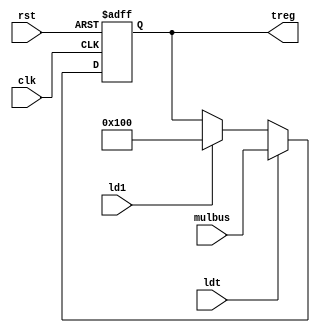
`timescale 1ns/1ns
module treg(input rst,clk,input ldt,ld1 , input [15:0]mulbus , output reg [15:0]treg);
  always@(posedge clk, posedge rst) begin
  if(rst) treg<=16'b 0;
  else if(ldt) treg<=mulbus;
  else if(ld1) treg<=16'b 0000000100000000;
  end
endmodule